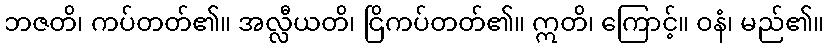
ဘဇတိ၊ ကပ်တတ်၏။ အလ္လီယတိ၊ ငြိကပ်တတ်၏။ ဣတိ၊ ကြောင့်။ ဝနံ၊ မည်၏။